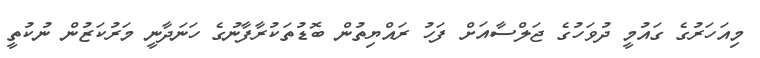
މިއަހަރުގެ ގައުމީ ދުވަހުގެ ޖަލްސާއަށް ފަހު ރައްޔިތުން ބޮޑުތަކުރާފާނުގެ ހަނަދާނީ މަރުކަޒުން ނުކުތީ